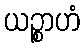
ယဉ္စာဟံ